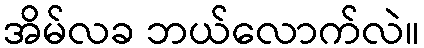
အိမ်လခ ဘယ်လောက်လဲ။